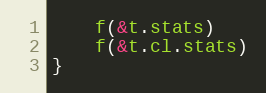
Language: Go
	f(&t.stats)
	f(&t.cl.stats)
}